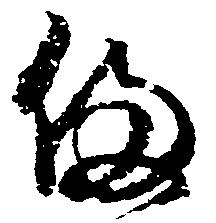
備